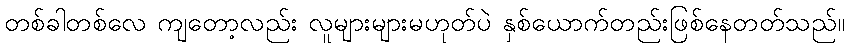
တစ်ခါတစ်လေ ကျတော့လည်း လူများများမဟုတ်ပဲ နှစ်ယောက်တည်းဖြစ်နေတတ်သည်။